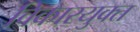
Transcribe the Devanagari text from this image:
विकारयुक्त